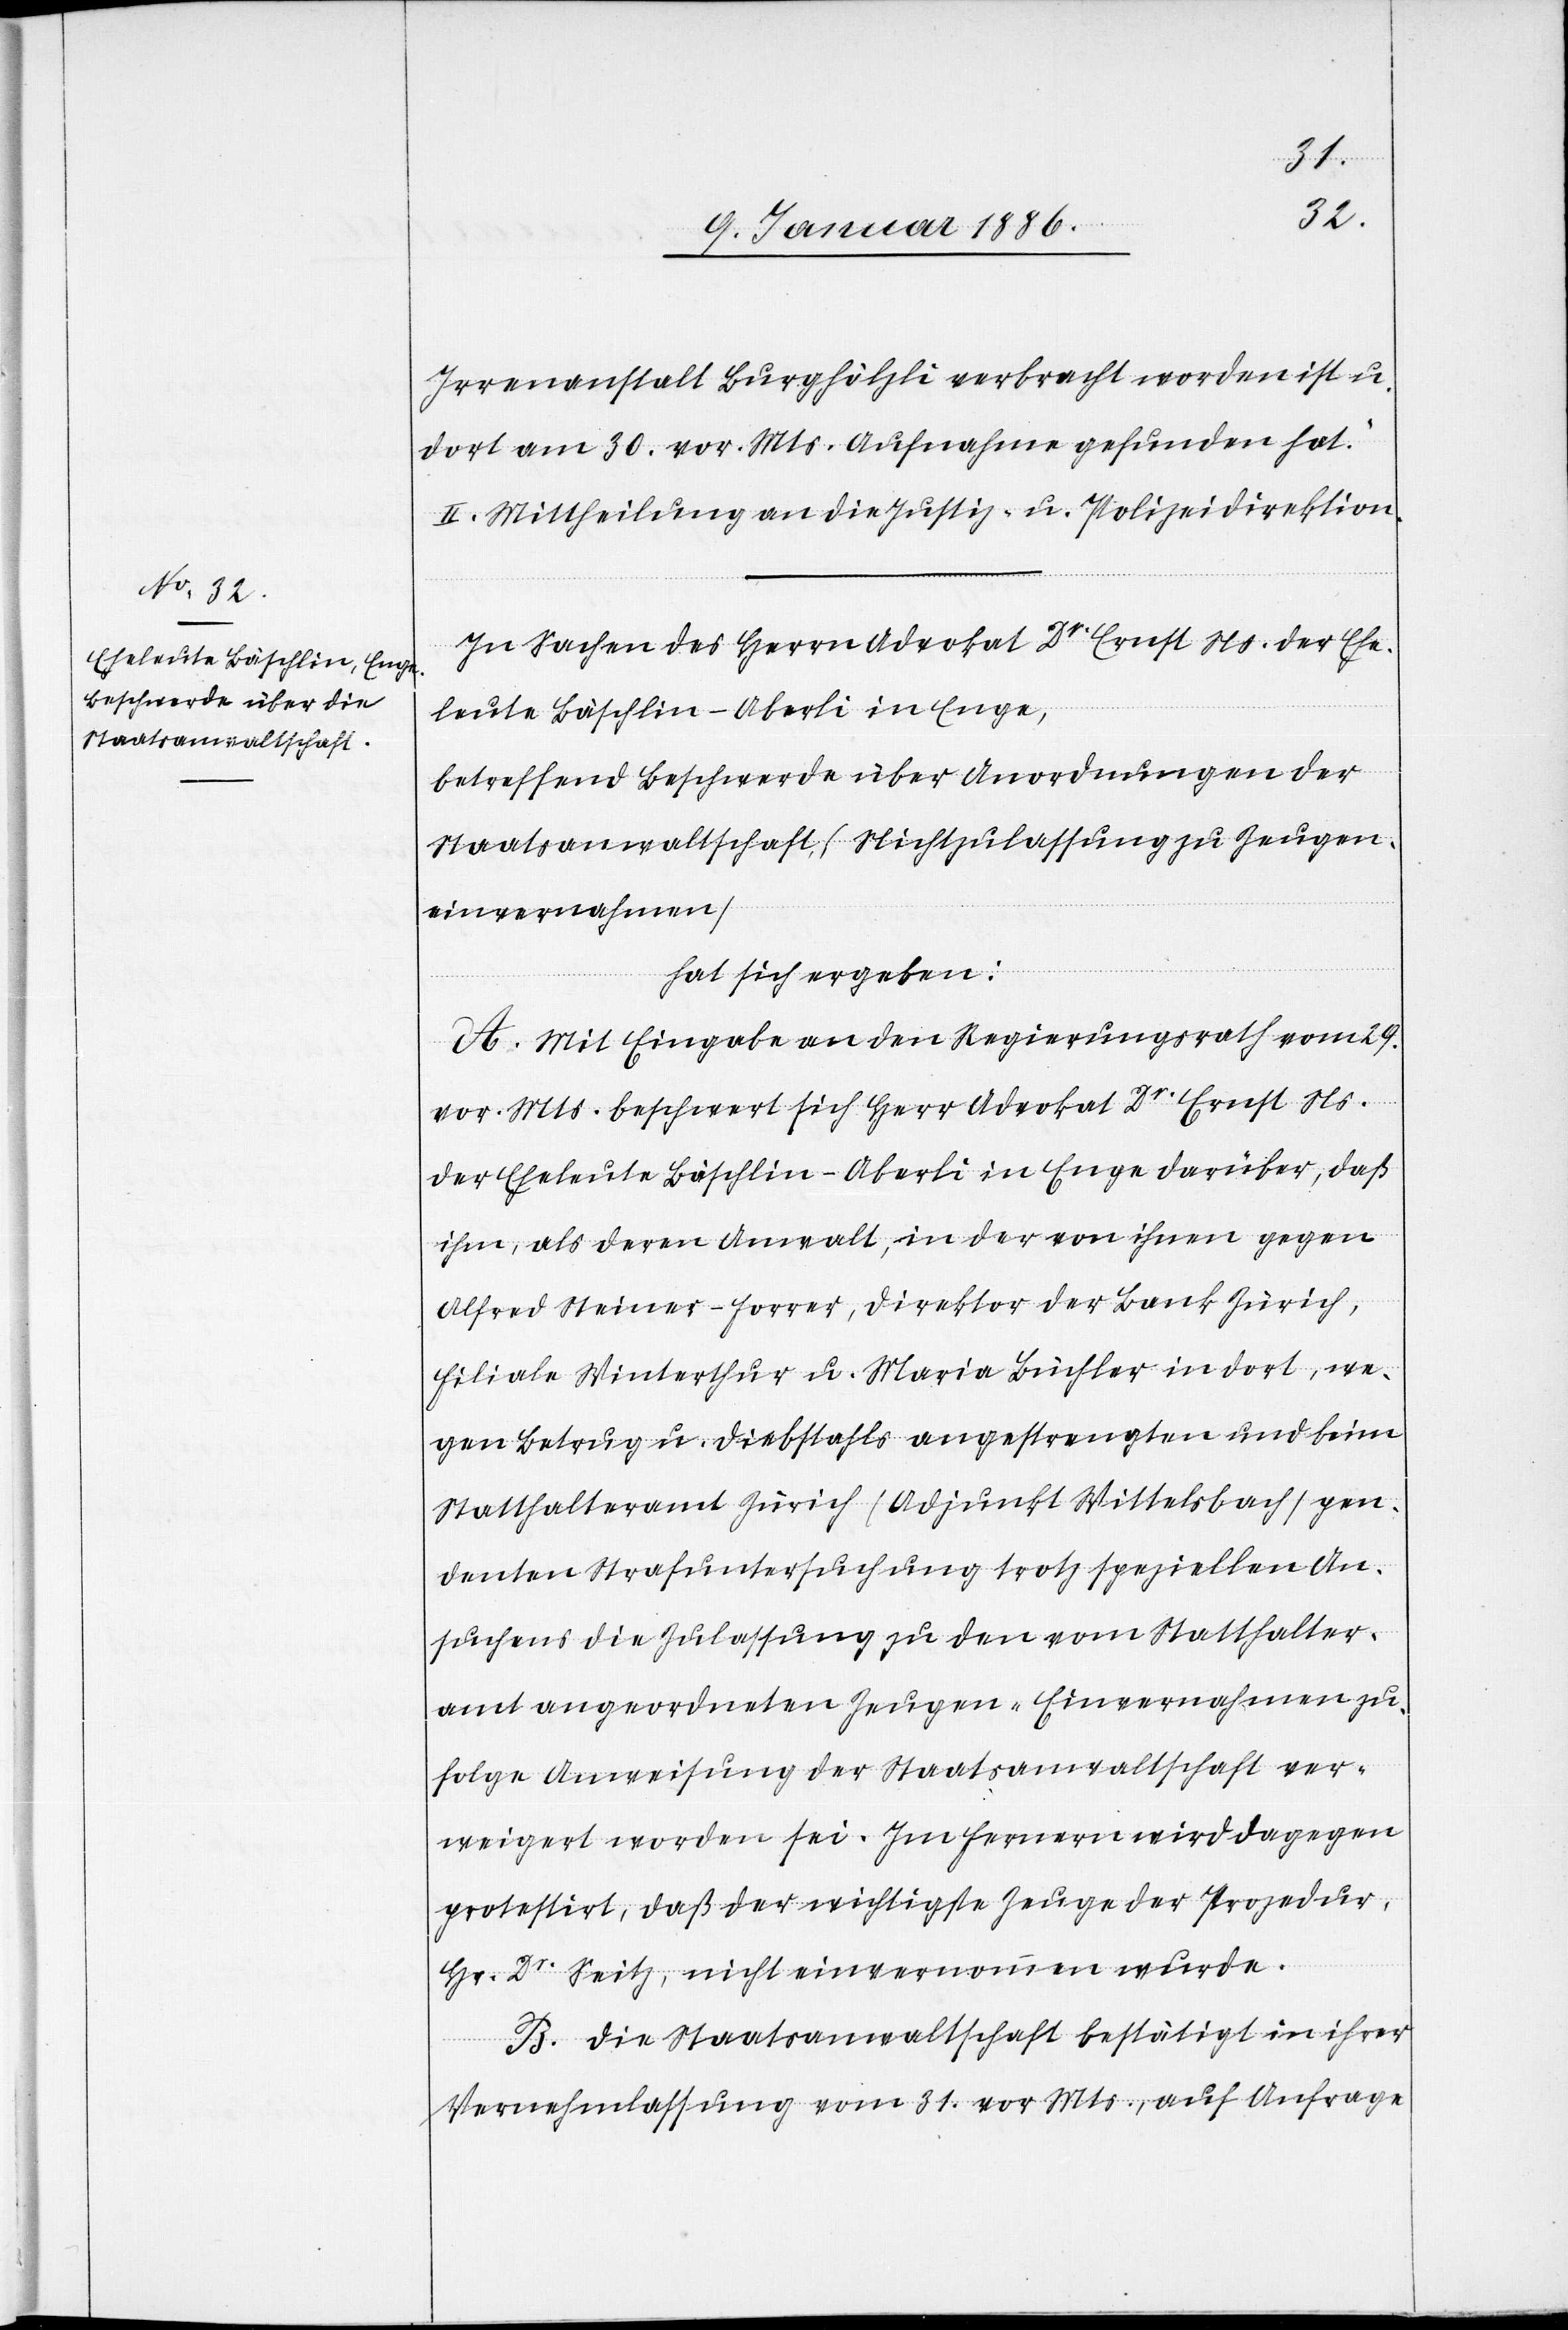
pen¬
Irrenanstalt Burghölzli verbracht worden ist u.
dort am 30. vor. Mts. Aufnahme gefunden hat.“
II. Mittheilung an die Justiz- u. Polizeidirektion.
In Sachen des Herrn Advokat Dr. Ernst Ns. der Ehe¬
leute Bäschlin-Aberli in Enge,
betreffend Beschwerde über Anordnungen der
Staatsanwaltschaft (Nichtzulassung zu Zeugen¬
einvernahmen)
hat sich ergeben:
A. Mit Eingabe an den Regierungsrath vom 29.
vor. Mts. beschwert sich Herr Advokat Dr. Ernst Ns.
der Eheleute Bäschlin-Aberli in Enge darüber, daß
ihm, als deren Anwalt, in der von ihnen gegen
Alfred Steiner-Forrer, Direktor der Bank Zürich,
Filiale Winterthur u. Maria Buchler in dort, we¬
gen Betrug u. Diebstahls angestrengten und beim
denten Strafuntersuchung trotz speziellen An¬
suchens die Zulassung zu den vom Statthalter¬
amt angeordneten Zeugen-Einvernahmen zu¬
folge Anweisung der Staatsanwaltschaft ver¬
weigert worden sei. Im Fernern wird dagegen
protestiert, daß der wichtigste Zeuge der Prozedur,
Hr. Dr. Seitz, nicht einvernommen wurde.
B. Die Staatsanwaltschaft bestätigt in ihrer
Vernehmlassung vom 31. vor. Mts., auf Anfrage